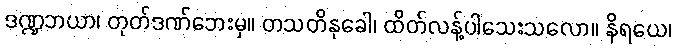
ဒဏ္ဍဘယာ၊ တုတ်ဒဏ်ဘေးမှ။ တသတိနုခေါ၊ ထိတ်လန့်ပါသေးသလော။ နိရယေ၊